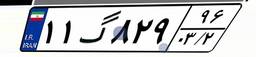
۱۱گ۸۲۹۹۶